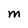
Character: m